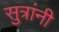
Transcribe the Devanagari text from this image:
सुत्रांनी